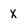
Character: x